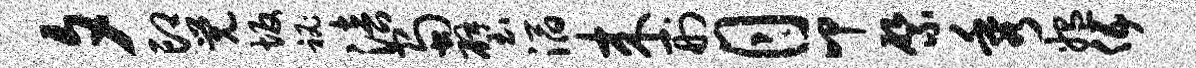
夕印觉坂秘涪蜀璧滔来刑月叩綮秀媪伍